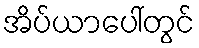
အိပ်ယာပေါ်တွင်